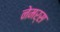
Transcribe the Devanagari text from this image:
नेमर्स